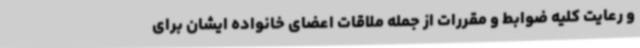
و رعایت کلیه ضوابط و مقررات از جمله ملاقات اعضای خانواده ایشان برای